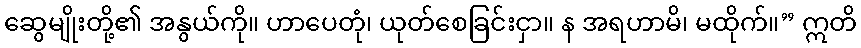
ဆွေမျိုးတို့၏ အနွယ်ကို။ ဟာပေတုံ၊ ယုတ်စေခြင်းငှာ။ န အရဟာမိ၊ မထိုက်။” ဣတိ